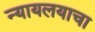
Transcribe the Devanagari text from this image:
न्यायलयाचा